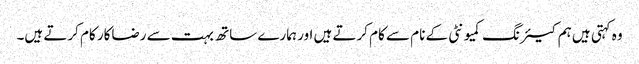
وہ کہتی ہیں ہم کیئرنگ کمیونٹی کے نام سے کام کرتے ہیں اور ہمارے ساتھ بہت سے رضاکار کام کرتے ہیں۔